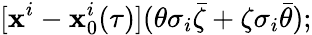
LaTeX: [\mathbf{x}^{i}-\mathbf{x}_{0}^{i}(\tau)](\theta\sigma_{i}\bar{{\zeta}}+\zeta\sigma_{i}\bar{{\theta}});